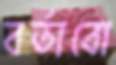
বর্তাবো